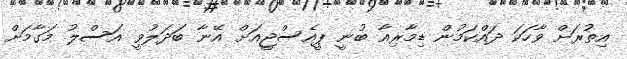
އިތުރަށް ވާހަކަ ދައްކަމުން ޑިމާރިއާ ބުނީ ޕީއެސްޖީއަށް އޭނާ ބަދަލުވީ އަސްލު މަގާމަށް